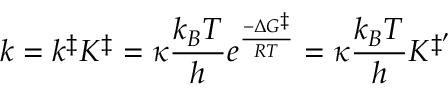
k = k ^ { \ddagger } K ^ { \ddagger } = \kappa { \frac { k _ { B } T } { h } } e ^ { \frac { - \Delta G ^ { \ddagger } } { R T } } = \kappa { \frac { k _ { B } T } { h } } K ^ { \ddagger ^ { \prime } }